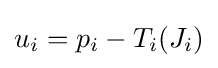
u_{i}=p_{i}-T_{i}(J_{i})